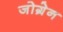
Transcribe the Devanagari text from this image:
जोग्रेन